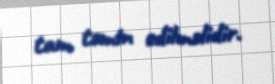
tam təmin edilməlidir.